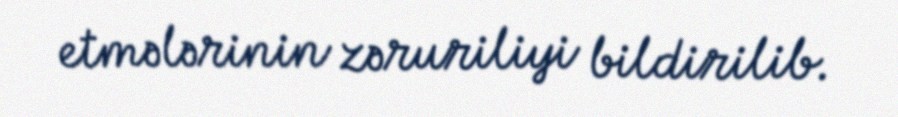
etmələrinin zəruriliyi bildirilib.